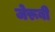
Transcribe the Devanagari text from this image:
जेरूबी